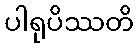
ပါရုပိဿတိ